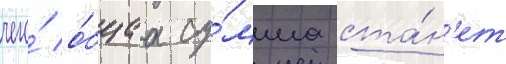
чего́ о́бщаа су́мма ста́н'ет